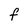
Character: f